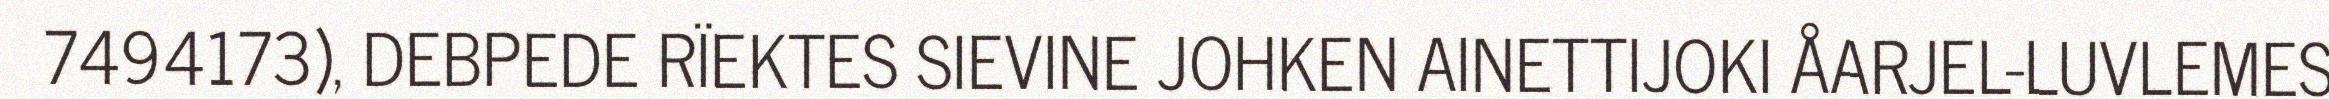
7494173), DEBPEDE RÏEKTES SIEVINE JOHKEN AINETTIJOKI ÅARJEL-LUVLEMES